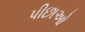
પીછાઓ